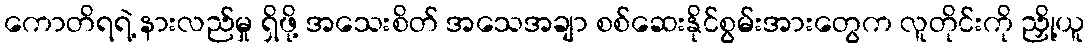
ကောတိရရဲ့ နားလည်မှု ရှိဖို့ အသေးစိတ် အသေအချာ စစ်ဆေးနိုင်စွမ်းအားတွေက လူတိုင်းကို ညှို့ယူ